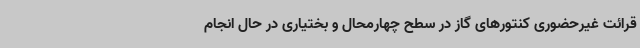
قرائت غیرحضوری کنتورهای گاز در سطح چهارمحال و بختیاری در حال انجام